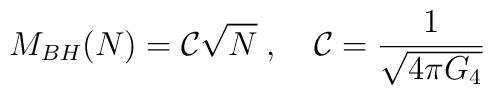
M_{BH}(N)={\cal C}\sqrt{N} \; ,\quad {\cal C}=\frac{1}{\sqrt{4\pi G_4}}